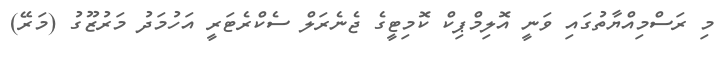
މި ރަސްމިއްޔާތުގައި ވަނީ އޮލިމްޕިކް ކޮމިޓީގެ ޖެނެރަލް ސެކްރެޓަރީ އަހުމަދު މަރުޒޫގު (މަރޭ)